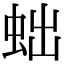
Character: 䖦